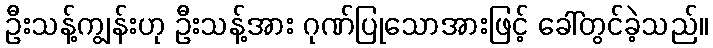
ဦးသန့်ကျွန်းဟု ဦးသန့်အား ဂုဏ်ပြုသောအားဖြင့် ခေါ်တွင်ခဲ့သည်။